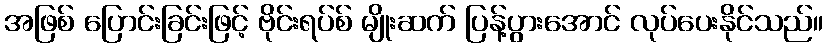
အဖြစ် ပြောင်းခြင်းဖြင့် ဗိုင်းရပ်စ် မျိုးဆက် ပြန့်ပွားအောင် လုပ်ပေးနိုင်သည်။